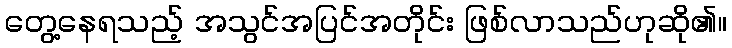
တွေ့နေရသည့် အသွင်အပြင်အတိုင်း ဖြစ်လာသည်ဟုဆို၏။